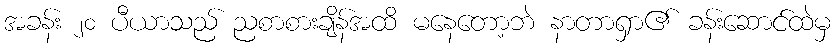
အခန်း ၂၀ ပီယာသည် ညစာစားချိန်အထိ မနေတော့ဘဲ နာတာရှာ၏ ခန်းဆောင်ထဲမှ